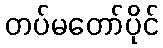
တပ်မတော်ပိုင်